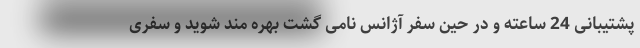
پشتیبانی 24 ساعته و در حین سفر آژانس نامی گشت بهره مند شوید و سفری